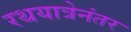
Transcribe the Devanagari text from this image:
रथयात्रेनंतर